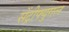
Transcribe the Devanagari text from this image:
सेंट्रीफ्युगल